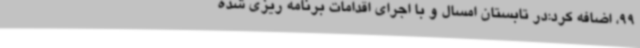
99، اضافه کرد:در تابستان امسال و با اجرای اقدامات برنامه ریزی شده